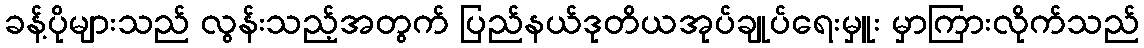
ခန့်ပိုများသည် လွန်းသည့်အတွက် ပြည်နယ်ဒုတိယအုပ်ချုပ်ရေးမှူး မှာကြားလိုက်သည်